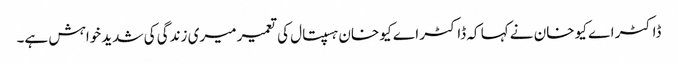
ڈاکٹر اے کیو خان نے کہا کہ ڈاکٹر اے کیو خان ہسپتال کی تعمیر میری زندگی کی شدید خواہش ہے۔